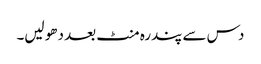
دس سے پندرہ منٹ بعد دھو لیں۔